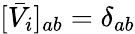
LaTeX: [\bar{V}_{i}]_{ab}=\delta_{ab}